Report on sanitation, dispensaries, and jails in Rajputana for 1912, and on vaccination for the year 1912-1913 - 1912-1913
Year: 1912
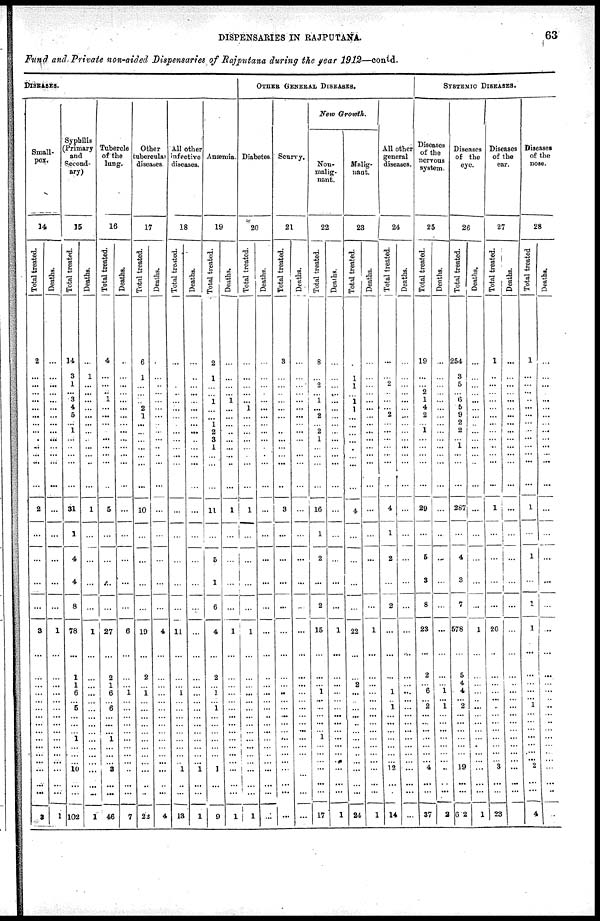
DISPENSARIES IN RAJPUTANA.
63
Fund and Private non-aided Dispensaries of Rajputana during the year 1912—contd.
DISEASES.
Small-
pox.
14
Total treated.
2
...
...
...
...
...
...
...
...
.
...
...
...
2
...
...
...
...
3
...
...
...
...
...
...
...
...
...
...
...
...
...
...
...
...
3
Deaths.
...
...
...
...
...
...
...
...
...
...
...
...
...
...
...
...
...
...
1
...
...
...
...
...
...
...
...
...
...
...
...
...
...
...
...
1
Syphilis
(Primary
and
Second-
ary)
15
Total treated.
14
3
1
... 3
4
5
...
1
...
...
...
...
31
1
4
4
8
78
...
1
1
6
...
5
...
...
...
1
...
...
...
10
...
...
102
Deaths.
...
1
...
...
...
...
...
...
...
...
...
...
...
1
...
...
...
...
1
...
...
...
...
...
...
...
...
...
...
...
...
...
...
...
...
1
Tubercle
of the
lung.
16
Total treated.
4
...
...
.. 1
...
...
...
...
...
...
...
...
5
...
...
...
...
27
...
2
1
6
...
6
...
...
...
1
...
...
...
3
...
...
46
Deaths.
...
...
...
...
...
...
...
...
...
...
...
...
...
...
...
...
...
...
6
...
...
...
1
...
...
...
...
...
...
...
...
...
...
...
...
7
Other
tubercular
diseases
17
Total treated.
6
1
...
...
...
2
1
...
...
...
...
...
...
10
...
...
...
...
19
...
2
...
1
...
...
...
...
...
...
...
...
...
...
...
...
22
Deaths.
...
...
...
...
...
...
...
...
...
...
...
...
...
...
...
...
...
...
4
...
...
...
...
...
...
...
...
...
...
...
...
...
...
...
...
4
All other
infective
diseases.
18
Total treated.
...
...
...
...
...
...
...
...
...
...
...
...
...
...
...
...
...
...
11
...
...
...
1
...
...
...
...
...
...
...
...
...
1
...
...
13
Deaths.
...
...
...
...
...
...
...
...
...
...
...
...
...
...
...
...
...
...
...
...
...
...
...
...
...
...
...
...
...
...
...
... 1
...
...
1
Anæmia.
19
Total treated.
2
1
...
...
1
...
...
1
2
3
1
...
...
11
...
5
1
6
4
...
2
...
1
...
1
...
...
...
...
...
...
...
1
...
...
9
Deaths.
...
...
...
...
1
...
...
...
...
...
...
...
...
1
...
...
...
...
1
...
...
...
...
...
...
...
...
...
...
...
...
...
...
...
...
1
OTHER GENERAL DISEASES.
Diabetes
20
Total treated.
...
...
...
...
...
1
...
...
...
...
...
...
...
1
...
...
...
...
1
...
...
...
...
...
...
...
...
...
...
...
...
...
...
...
...
1
Deaths.
...
...
...
...
...
...
...
...
...
...
...
...
...
...
...
...
...
...
...
...
...
...
...
...
...
..
...
...
...
...
...
...
...
...
...
...
Scurvy.
21
Total treated.
3
...
...
...
...
...
...
...
..
...
...
...
..
3
...
...
...
...
...
...
...
...
...
...
...
...
...
...
...
...
...
...
...
...
...
...
Deaths.
...
...
...
...
...
...
...
...
...
...
...
...
...
...
...
...
...
...
...
...
...
...
...
...
...
...
...
...
...
...
...
...
...
...
...
...
New
Growth.
Non-
malig-
nant.
22
Total treated.
8
...
2
...
1
. ..
2
...
2
1
...
...
...
16
1
2
...
2
15
...
...
...
1
...
..
...
...
...
1
...
...
...
...
...
...
17
Deaths.
...
...
...
...
...
...
...
...
...
...
...
...
...
...
...
...
...
...
1
...
...
...
...
...
...
...
...
...
...
...
...
...
...
...
...
1
Malig-
nant.
23
Total treated.
...
1
1
...
1
1
...
...
...
...
...
...
...
4
...
...
...
...
22
...
...
2
...
...
...
...
...
...
...
...
...
...
...
...
...
24
Deaths.
...
...
...
...
...
...
...
...
...
...
...
...
...
...
...
...
...
...
1
...
...
...
...
...
...
...
...
...
...
...
...
...
...
...
...
1
All other
general
diseases.
24
Total treated.
...
...
2
...
...
...
2
...
...
...
...
...
...
4
1
2
...
2
...
...
...
...
1
...
1
...
...
...
...
...
...
...
12
...
...
14
Deaths.
...
...
...
...
...
...
...
...
...
...
...
...
...
...
...
...
...
...
...
...
...
...
...
...
...
...
...
...
...
...
...
...
...
...
...
...
SYSTEMIC DISEASES.
Diseases
of the
nervous
system.
25
Total treated.
19
...
...
2
1
4
2
...
1
...
...
...
...
29
...
5
3
8
23
...
2
...
6
...
2
...
...
...
...
...
...
...
4
...
...
37
Deaths.
...
...
...
...
...
...
...
...
...
...
...
...
...
...
...
...
...
...
...
...
...
...
1
...
1
...
...
...
...
...
...
...
...
...
...
2
Diseases
of the
eye.
26
Total treated.
254
3
5
...
6
5
9
2
2
...
1
...
...
287
...
4
3
7
578
...
5
4 4
...
2
...
...
...
...
...
...
...
19
...
...
6 2
Deaths.
...
...
...
...
...
...
...
...
...
...
...
...
...
...
...
...
...
...
1
...
...
...
...
...
...
...
...
...
...
...
...
...
...
...
...
1
Diseases
of the
ear.
27
Total treated.
1
...
...
...
...
...
...
...
...
...
...
...
...
1
...
...
...
...
20
...
...
...
...
...
...
...
...
...
...
...
...
...
3
...
...
23
Deaths.
...
...
...
...
...
...
...
...
...
...
...
...
...
...
...
...
...
...
...
...
...
..
...
...
... ...
...
...
...
...
...
...
...
...
...
...
Diseases
of the
nose.
28
Total treated
1
...
...
...
...
...
...
...
...
...
...
...
...
1
...
1
...
1
1
...
...
...
...
...
1
...
...
...
...
...
...
...
2
...
...
4
Deaths.
...
...
...
...
...
...
...
...
...
...
...
...
...
...
...
...
...
...
1
...
...
...
...
...
...
...
...
...
...
...
...
...
...
...
...